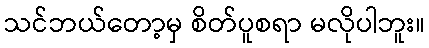
သင်ဘယ်တော့မှ စိတ်ပူစရာ မလိုပါဘူး။